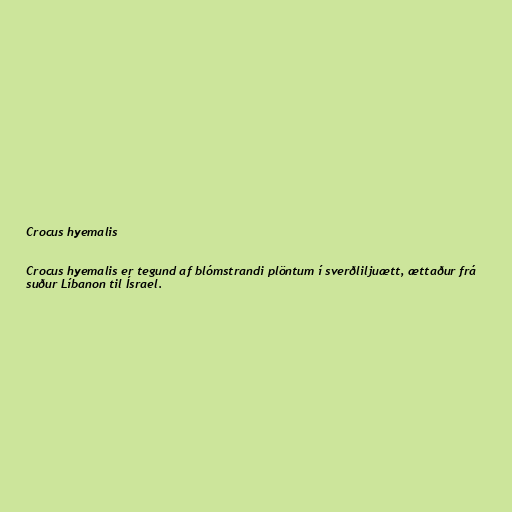
Crocus hyemalis

Crocus hyemalis er tegund af blómstrandi plöntum í sverðliljuætt, ættaður frá
suður Líbanon til Ísrael.